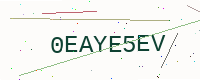
Text: 0EAYE5EV